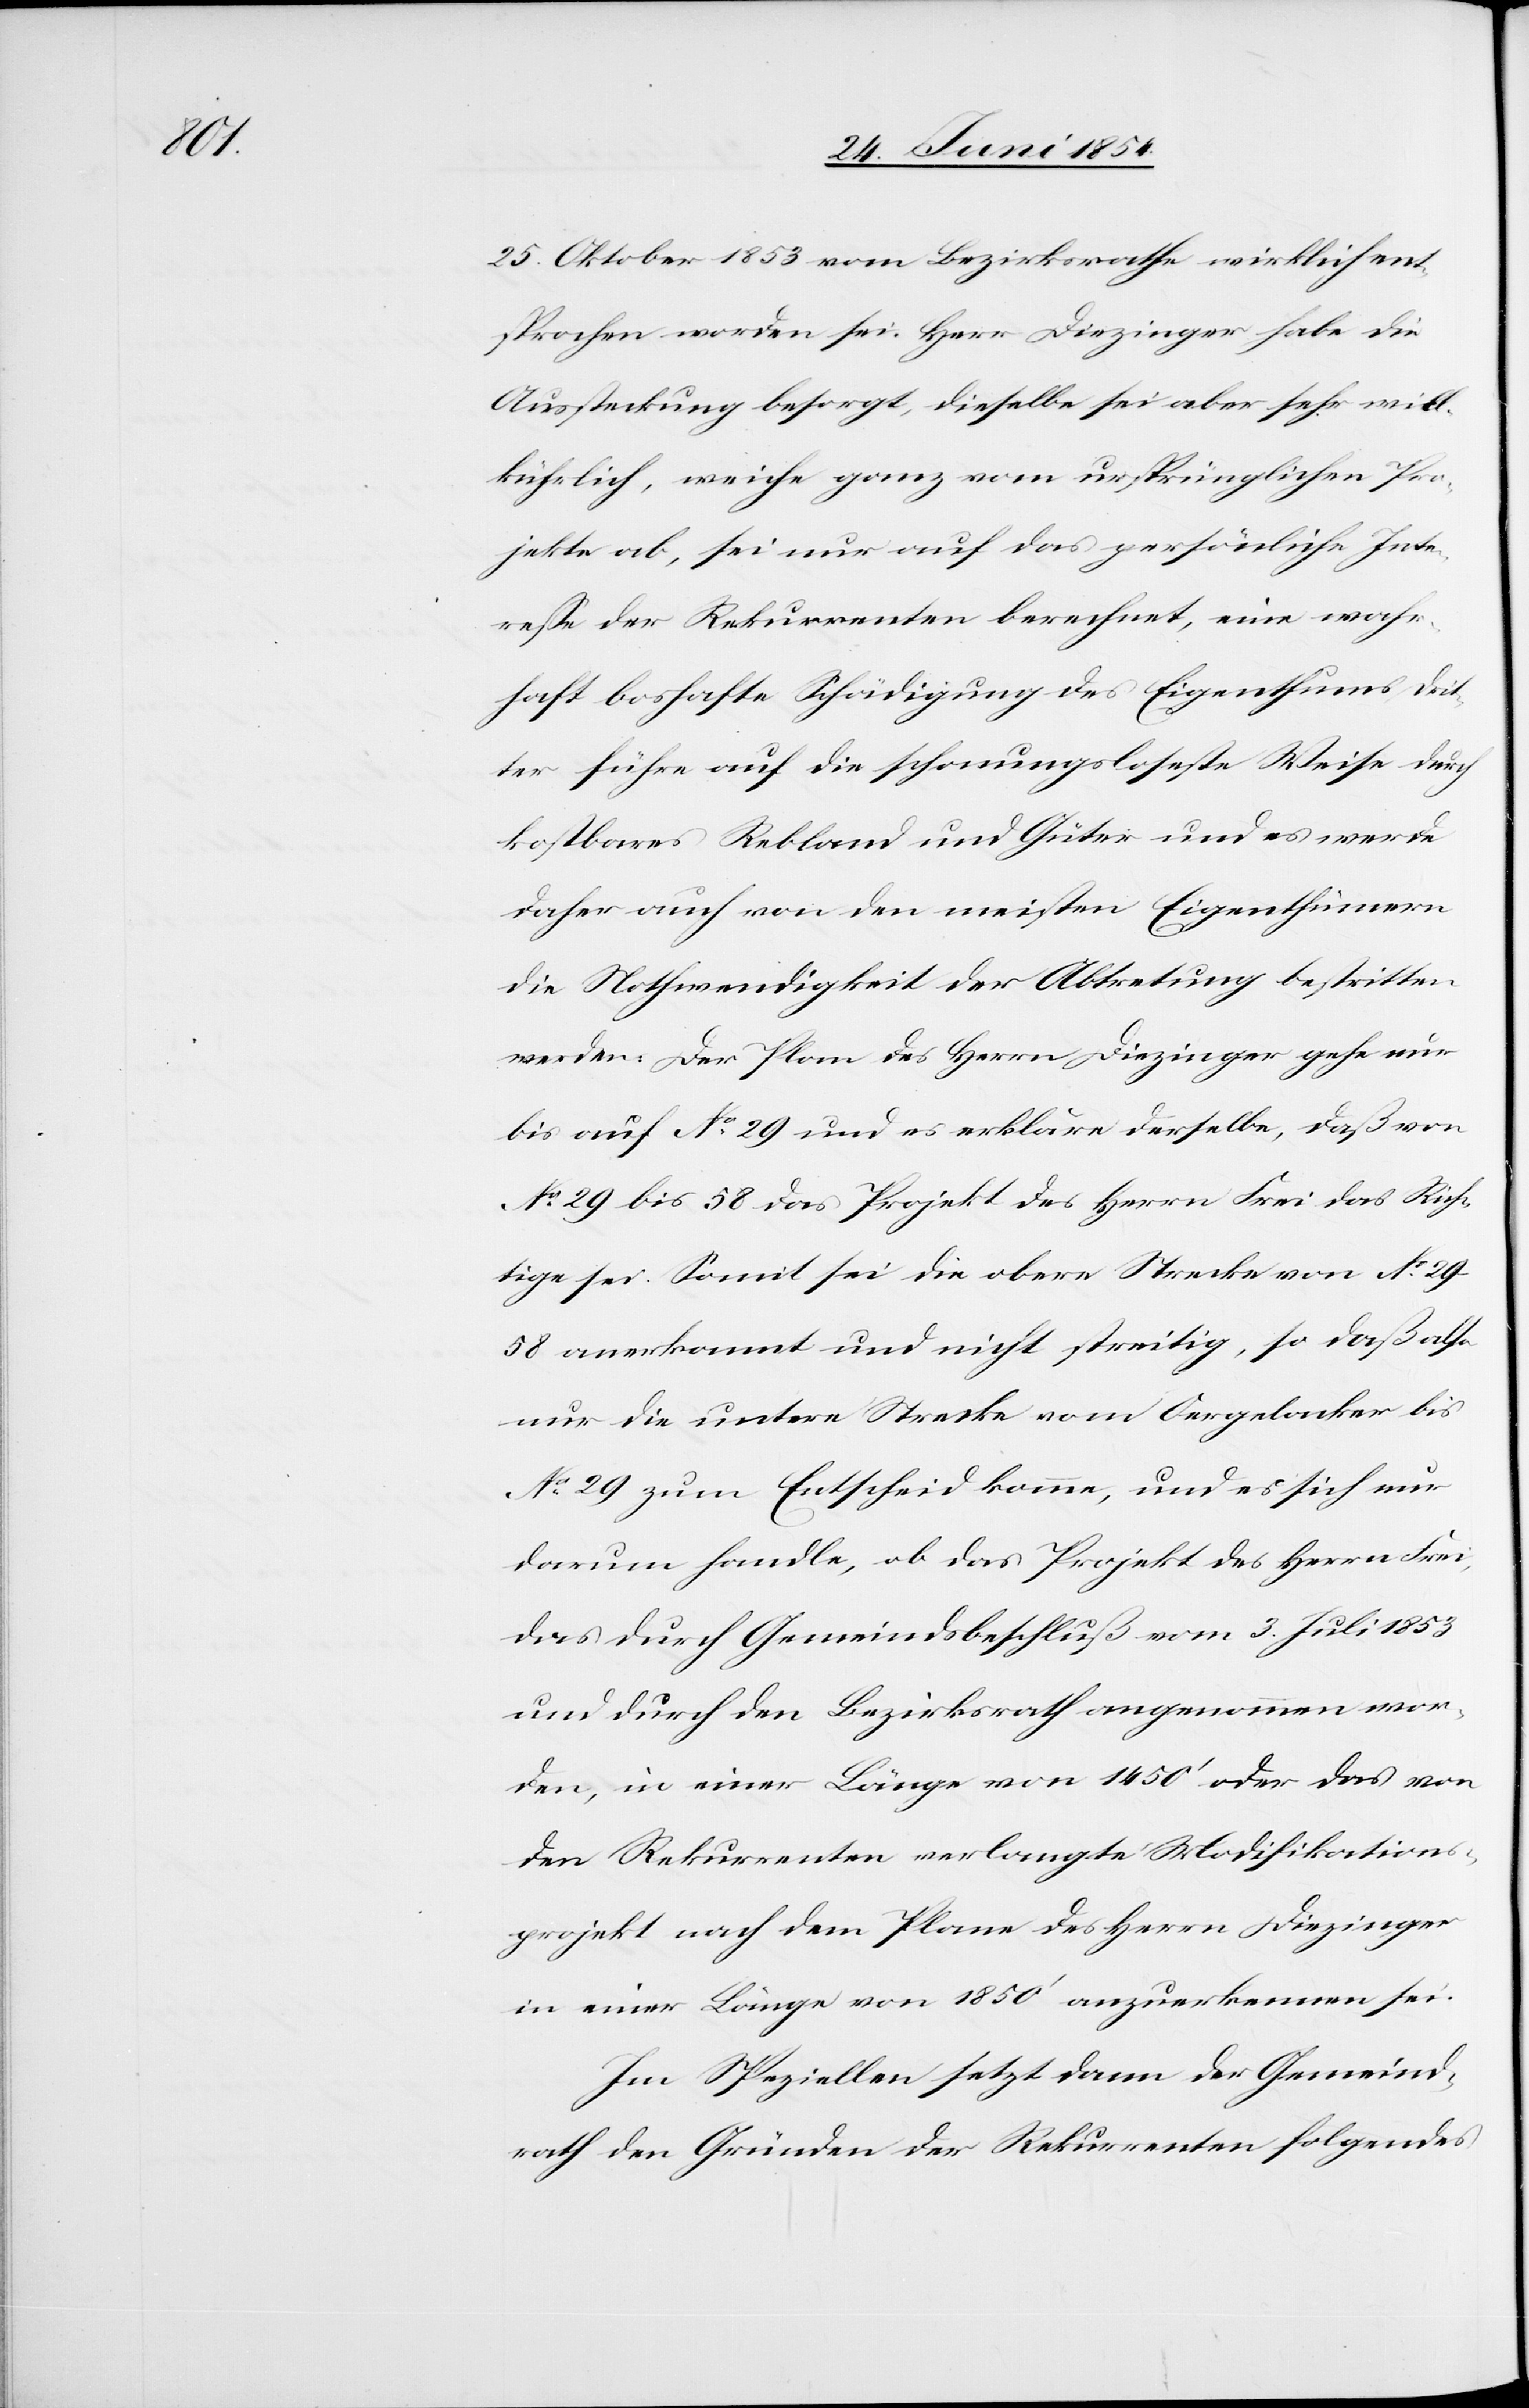
25. Oktober 1853 vom Bezirksrath wirklich ent¬
sprochen worden sei. Herr Diezinger habe die
Aussteckung besorgt, dieselbe sei aber sehr will¬
kührlich, weiche ganz vom ursprünglichen Pro¬
jekte ab, sei nur auf das persönliche Inte¬
reße der Rekurrenten berechnet, eine wahr¬
haft boshafte Schädigung des Eigenthums drit¬
ter führe auf die schonungsloseste Weise durch
kostbares Rebland und Güter und es werde
daher auch von den meisten Eigenthümern
die Nothwendigkeit der Abtretung bestritten
werden. Der Plan des Herrn Diezinger gehe nur
bis auf No 29 und es erkläre derselbe, daß von
No 20 bis 58 das Projekt des Herrn Frei das Rich¬
tige sei. Somit sei die obere Strecke von No 29–58
anerkannt und nicht streitig, so daß also
nur die untere Strecke vom Oergelacker bis
No 29 zum Entscheid komme, und es sich nur
darum handle, ob das Projekt des Herr Frei,
das durch Gemeindsbeschluß vom 3. Juli 1853
und durch den Bezirksrath angenommen wor¬
den, in einer Länge von 1450‘ oder das von
den Rekurrenten verlangte Modifikations¬
projekt nach dem Plane des Herrn Diezinger
in einer Länge von 1850‘ anzuerkennen sei.
Im Speziellen setzt dann der Gemeind¬
rath den Gründen der Rekurrenten folgendes